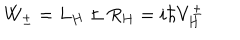
W _ { \pm } = L _ { H } \pm R _ { H } = i \hbar V _ { H } ^ { \pm }